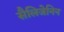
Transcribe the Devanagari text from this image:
सैलिजेनिन